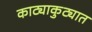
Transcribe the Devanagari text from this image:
काट्याकुट्यात